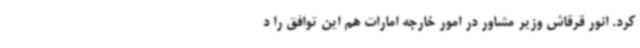
کرد. انور قرقاش وزیر مشاور در امور خارجه امارات هم این توافق را د